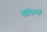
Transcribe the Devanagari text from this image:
खोल्म